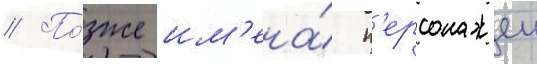
// По́зже им'ена́ п'ерсонажеи